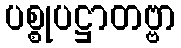
ပစ္စုပဋ္ဌာတဗ္ဗာ